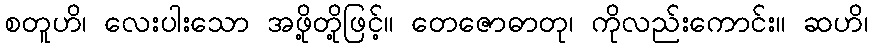
စတူဟိ၊ လေးပါးသော အဖို့တို့ဖြင့်။ တေဇောဓာတု၊ ကိုလည်းကောင်း။ ဆဟိ၊